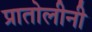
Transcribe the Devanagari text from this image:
प्रातोलीनी